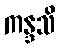
ကန္ဒသိ